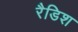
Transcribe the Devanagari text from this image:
रैडिश